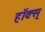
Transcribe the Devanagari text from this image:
हॉक्स्